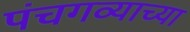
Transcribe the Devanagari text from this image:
पंचगव्याच्या